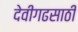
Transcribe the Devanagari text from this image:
देवीगढसाठी